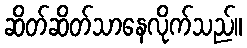
ဆိတ်ဆိတ်သာနေလိုက်သည်။